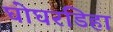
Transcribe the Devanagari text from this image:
घोघरडिहा